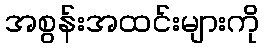
အစွန်းအထင်းများကို